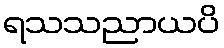
ရသသညာယပိ